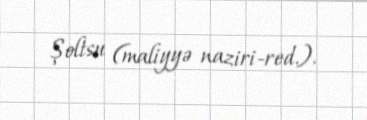
Şoltsu (maliyyə naziri-red.).